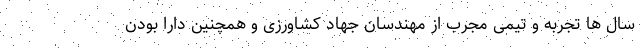
سال ها تجربه و تیمی مجرب از مهندسان جهاد کشاورزی و همچنین دارا بودن